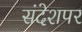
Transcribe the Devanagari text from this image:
संदेशपर